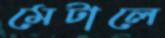
মেটালে